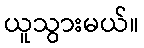
ယူသွားမယ်။